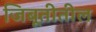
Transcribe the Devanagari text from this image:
जिबूतीतील